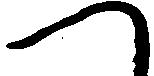
へ